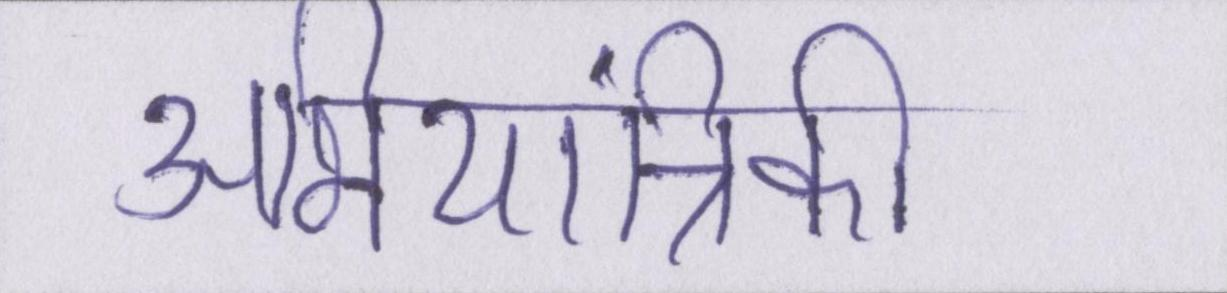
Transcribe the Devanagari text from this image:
अभियांत्रिकी